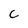
Character: C